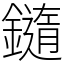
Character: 䥦